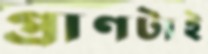
প্রাণটাই